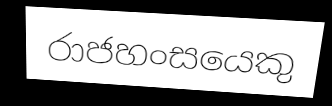
රාජහංසයෙකු